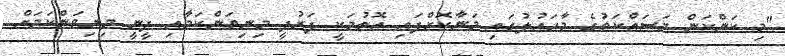
"މި ކަންކަން މަސައްކަތުގެ މާހައުލުގައި މަނާކޮށްފައި އޮތުމަކީ ފަރުދީ މިނިވަންކަމާއި ދީނީ މިނިވަންކަމަށް